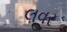
લવર